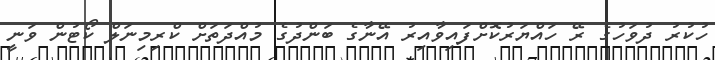
ހުކުރު ދުވަހުގެ ރޭ ހައްޔަރުކޮށްފައިވާއިރު އޭނާގެ ބަންދުގެ މުއްދަތަށް ކްރިމިނަލް ކޯޓުން ވަނީ